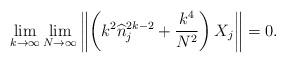
LaTeX: \begin{align*} \lim_{k \to \infty} \lim_{N\to \infty} \left\| \left( k^2 \widehat n_j^{2k-2} +\frac{k^4}{N^2} \right) X_j \right\|=0.\end{align*}